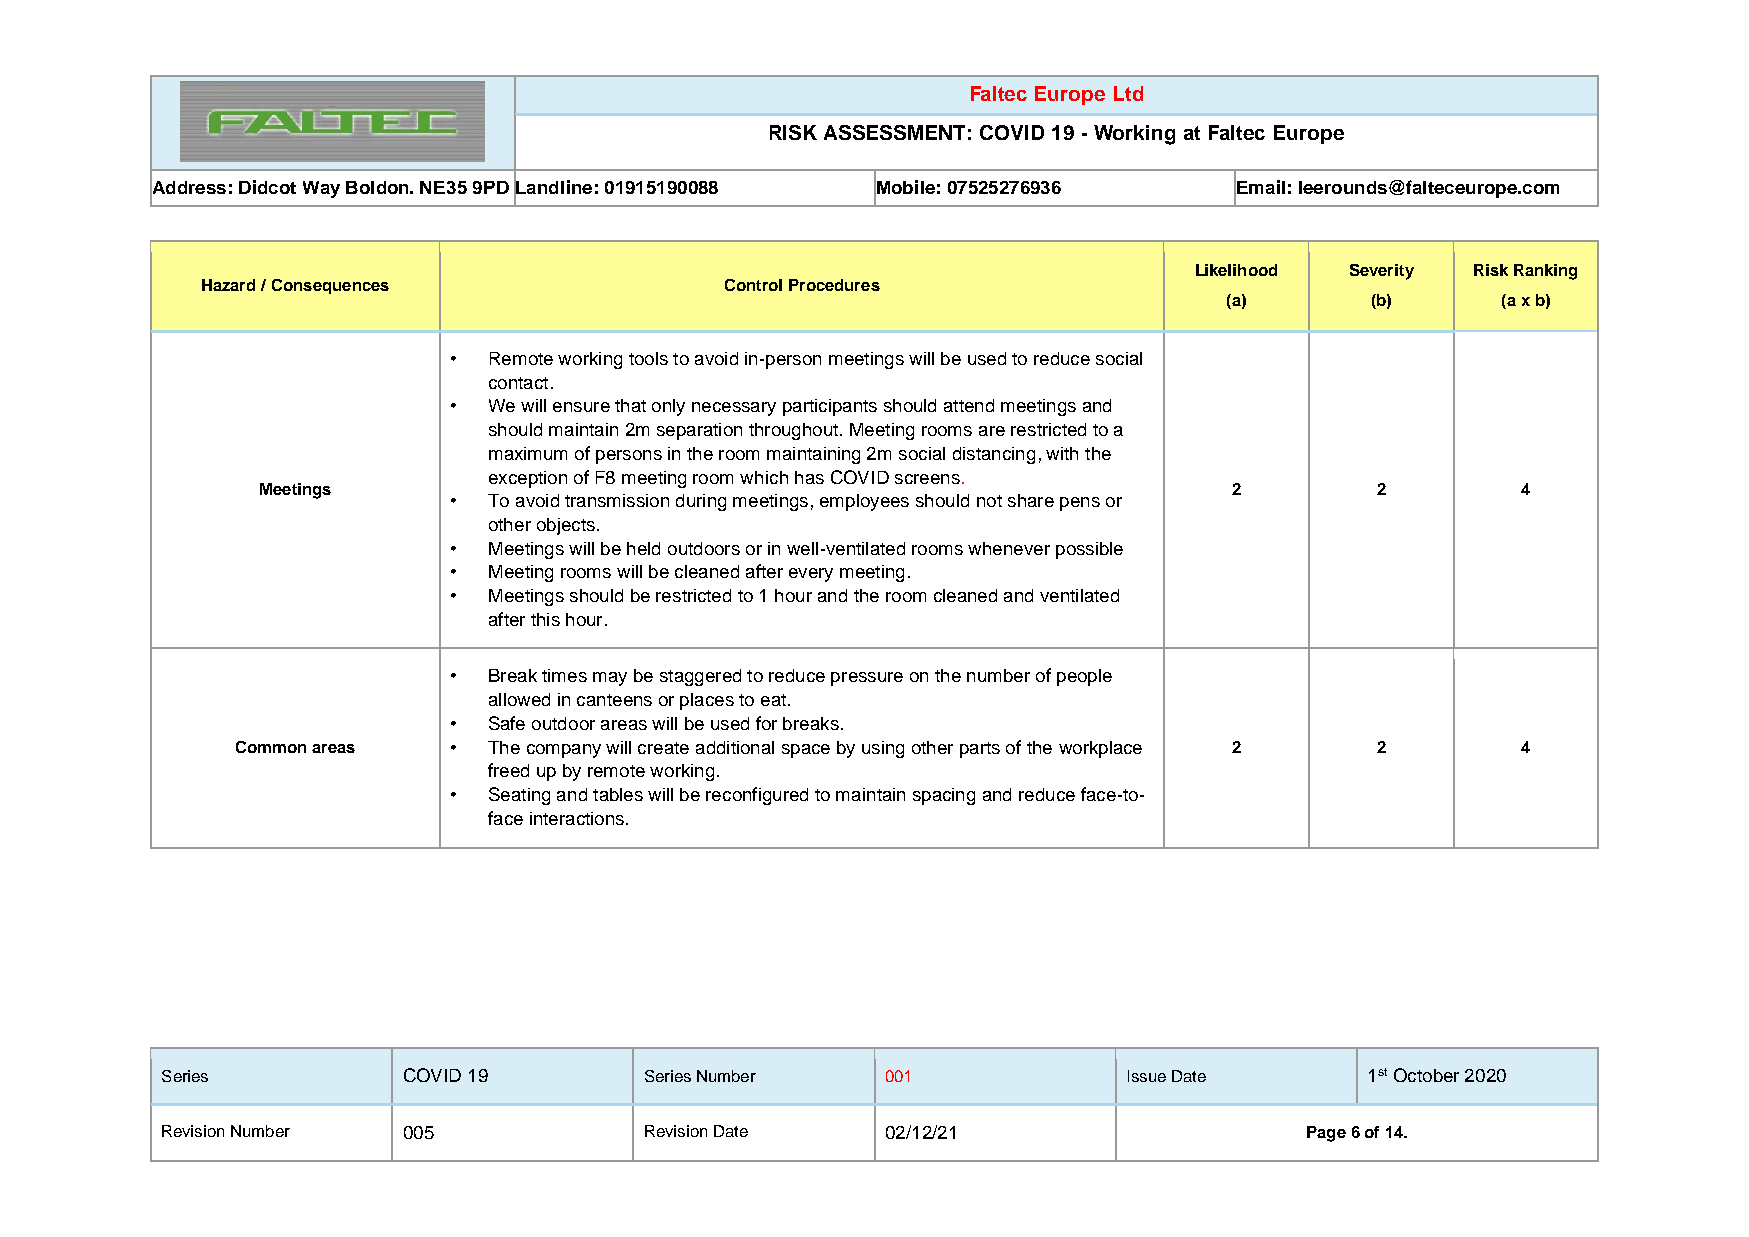
Faltec Europe Ltd
 RISK ASSESSMENT: COVID 19 - Working at Faltec Europe
 Address: Didcot Way Boldon. NE35 9PD Landline: 01915190088 Mobile: 07525276936 Email: leerounds@falteceurope.com
 Likelihood Severity Risk Ranking
 Hazard / Consequences              Control Procedures
 (a)       (b)     (a x b)
 • Remote working tools to avoid in-person meetings will be used to reduce social
 contact.
 • We will ensure that only necessary participants should attend meetings and
 should maintain 2m separation throughout. Meeting rooms are restricted to a
 maximum of persons in the room maintaining 2m social distancing, with the
 exception of F8 meeting room which has COVID screens.
 Meetings                                                         2        2         4
 • To avoid transmission during meetings, employees should not share pens or
 other objects.
 • Meetings will be held outdoors or in well-ventilated rooms whenever possible
 • Meeting rooms will be cleaned after every meeting.
 • Meetings should be restricted to 1 hour and the room cleaned and ventilated
 after this hour.
 • Break times may be staggered to reduce pressure on the number of people
 allowed in canteens or places to eat.
 • Safe outdoor areas will be used for breaks.
 Common areas  • The company will create additional space by using other parts of the workplace 2 2 4
 freed up by remote working.
 • Seating and tables will be reconfigured to maintain spacing and reduce face-to-
 face interactions.
 Series          COVID 19        Series Number   001             Issue Date      1st October 2020
 Revision Number 005             Revision Date   02/12/21                   Page 6 of 14.